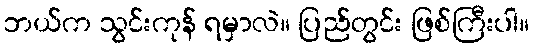
ဘယ်က သွင်းကုန် ရမှာလဲ။ ပြည်တွင်း ဖြစ်ကြီးပါ။